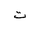
Letter: _ta